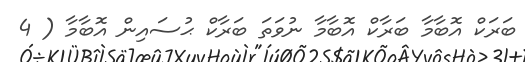
ބަރަކް އޮބާމާ ބަރާކް އޮބާމާ ނުވަތަ ބަރާކް ޙުސައިން އޮބާމާ ( 4